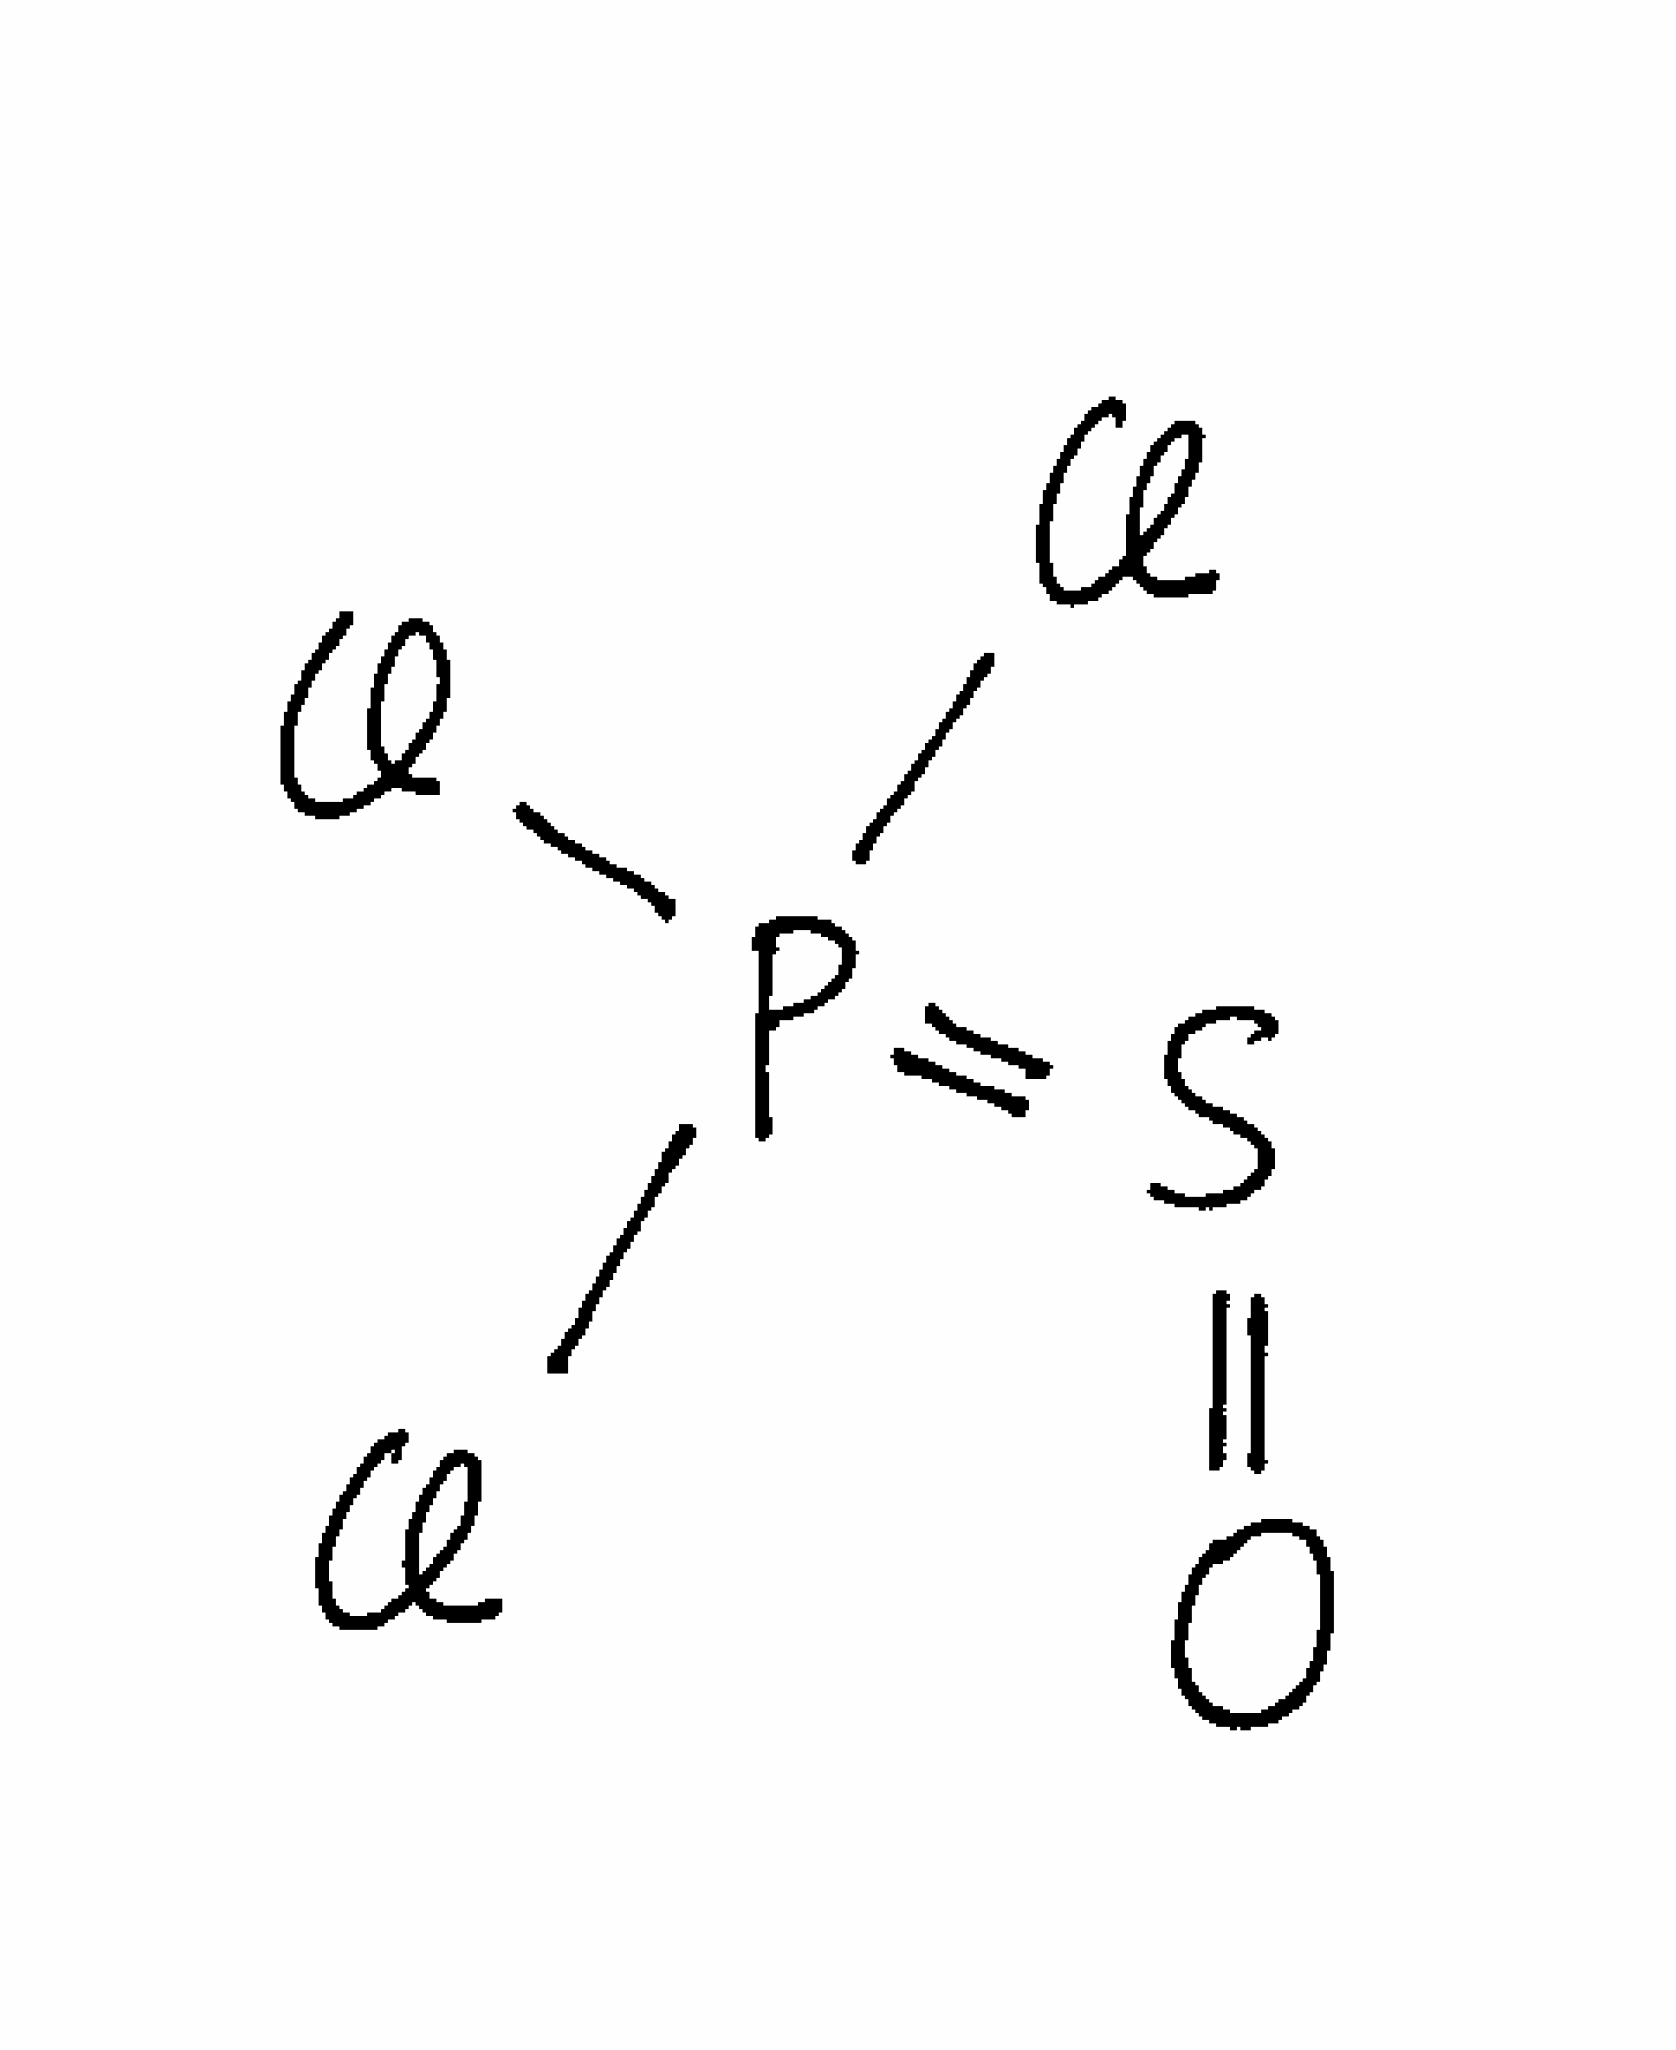
Simplified molecular-input line-entry system (SMILES) notation of the given molecule:
O=S=P(Cl)(Cl)Cl